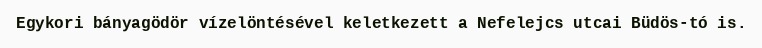
Egykori bányagödör vízelöntésével keletkezett a Nefelejcs utcai Büdös-tó is.